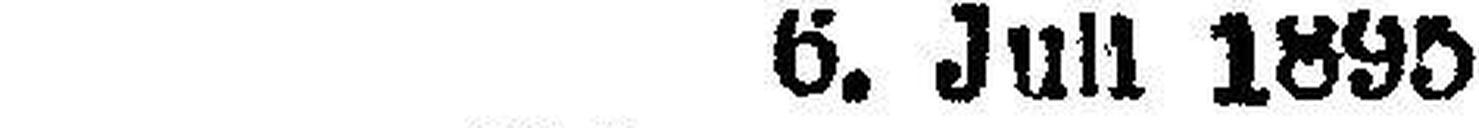
6. Juli 1895